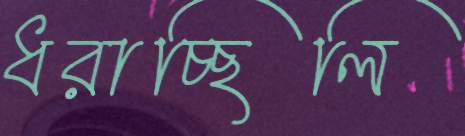
ধরাচ্ছিলি